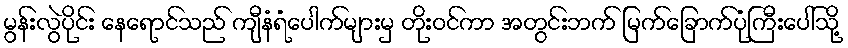
မွန်းလွဲပိုင်း နေရောင်သည် ကျီနံရံပေါက်များမှ တိုးဝင်ကာ အတွင်းဘက် မြက်ခြောက်ပုံကြီးပေါ်သို့